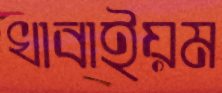
খাবাইয়ম